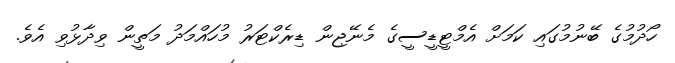
ހޯދުމުގެ ބޭނުމުގައި ކަމަށް އެމްޓީޑީސީގެ މެނޭޖިން ޑިރެކްޓަރު މުހައްމަދު މަތީން ވިދާޅުވި އެވެ.